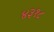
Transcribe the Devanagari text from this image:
४३१८